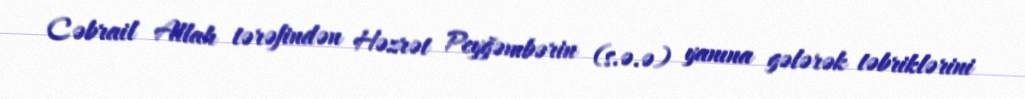
Cəbrail Allah tərəfindən Həzrət Peyğəmbərin (s.ə.ə) yanına gələrək təbriklərini